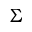
\Sigma